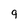
Character: 9